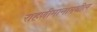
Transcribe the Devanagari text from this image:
राहणीमानामधील